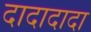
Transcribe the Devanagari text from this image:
दादादादा